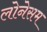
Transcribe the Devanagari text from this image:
लोनेसम